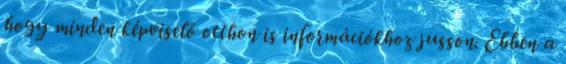
hogy minden képviselő otthon is információkhoz jusson. Ebben a